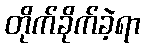
တိုက်ခိုက်ခဲ့ရာ